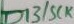
Text: D13/SCK